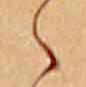
ゝ